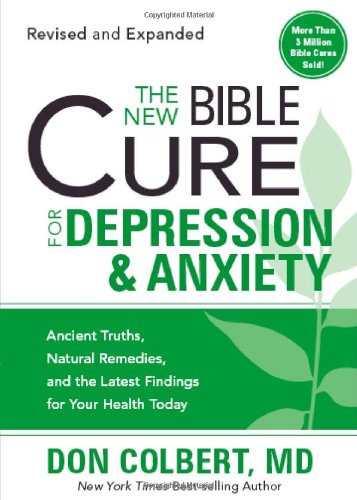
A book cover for The New Bible Cure For Depression & Anxiety: Ancient Truths, Natural Remedies, and the Latest Findings for Your Health Today (New Bible Cure (Siloam)); Don Colbert MD; Health, Fitness & Dieting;